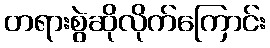
တရားစွဲဆိုလိုက်ကြောင်း